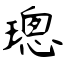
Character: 璁